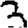
Digit: 3